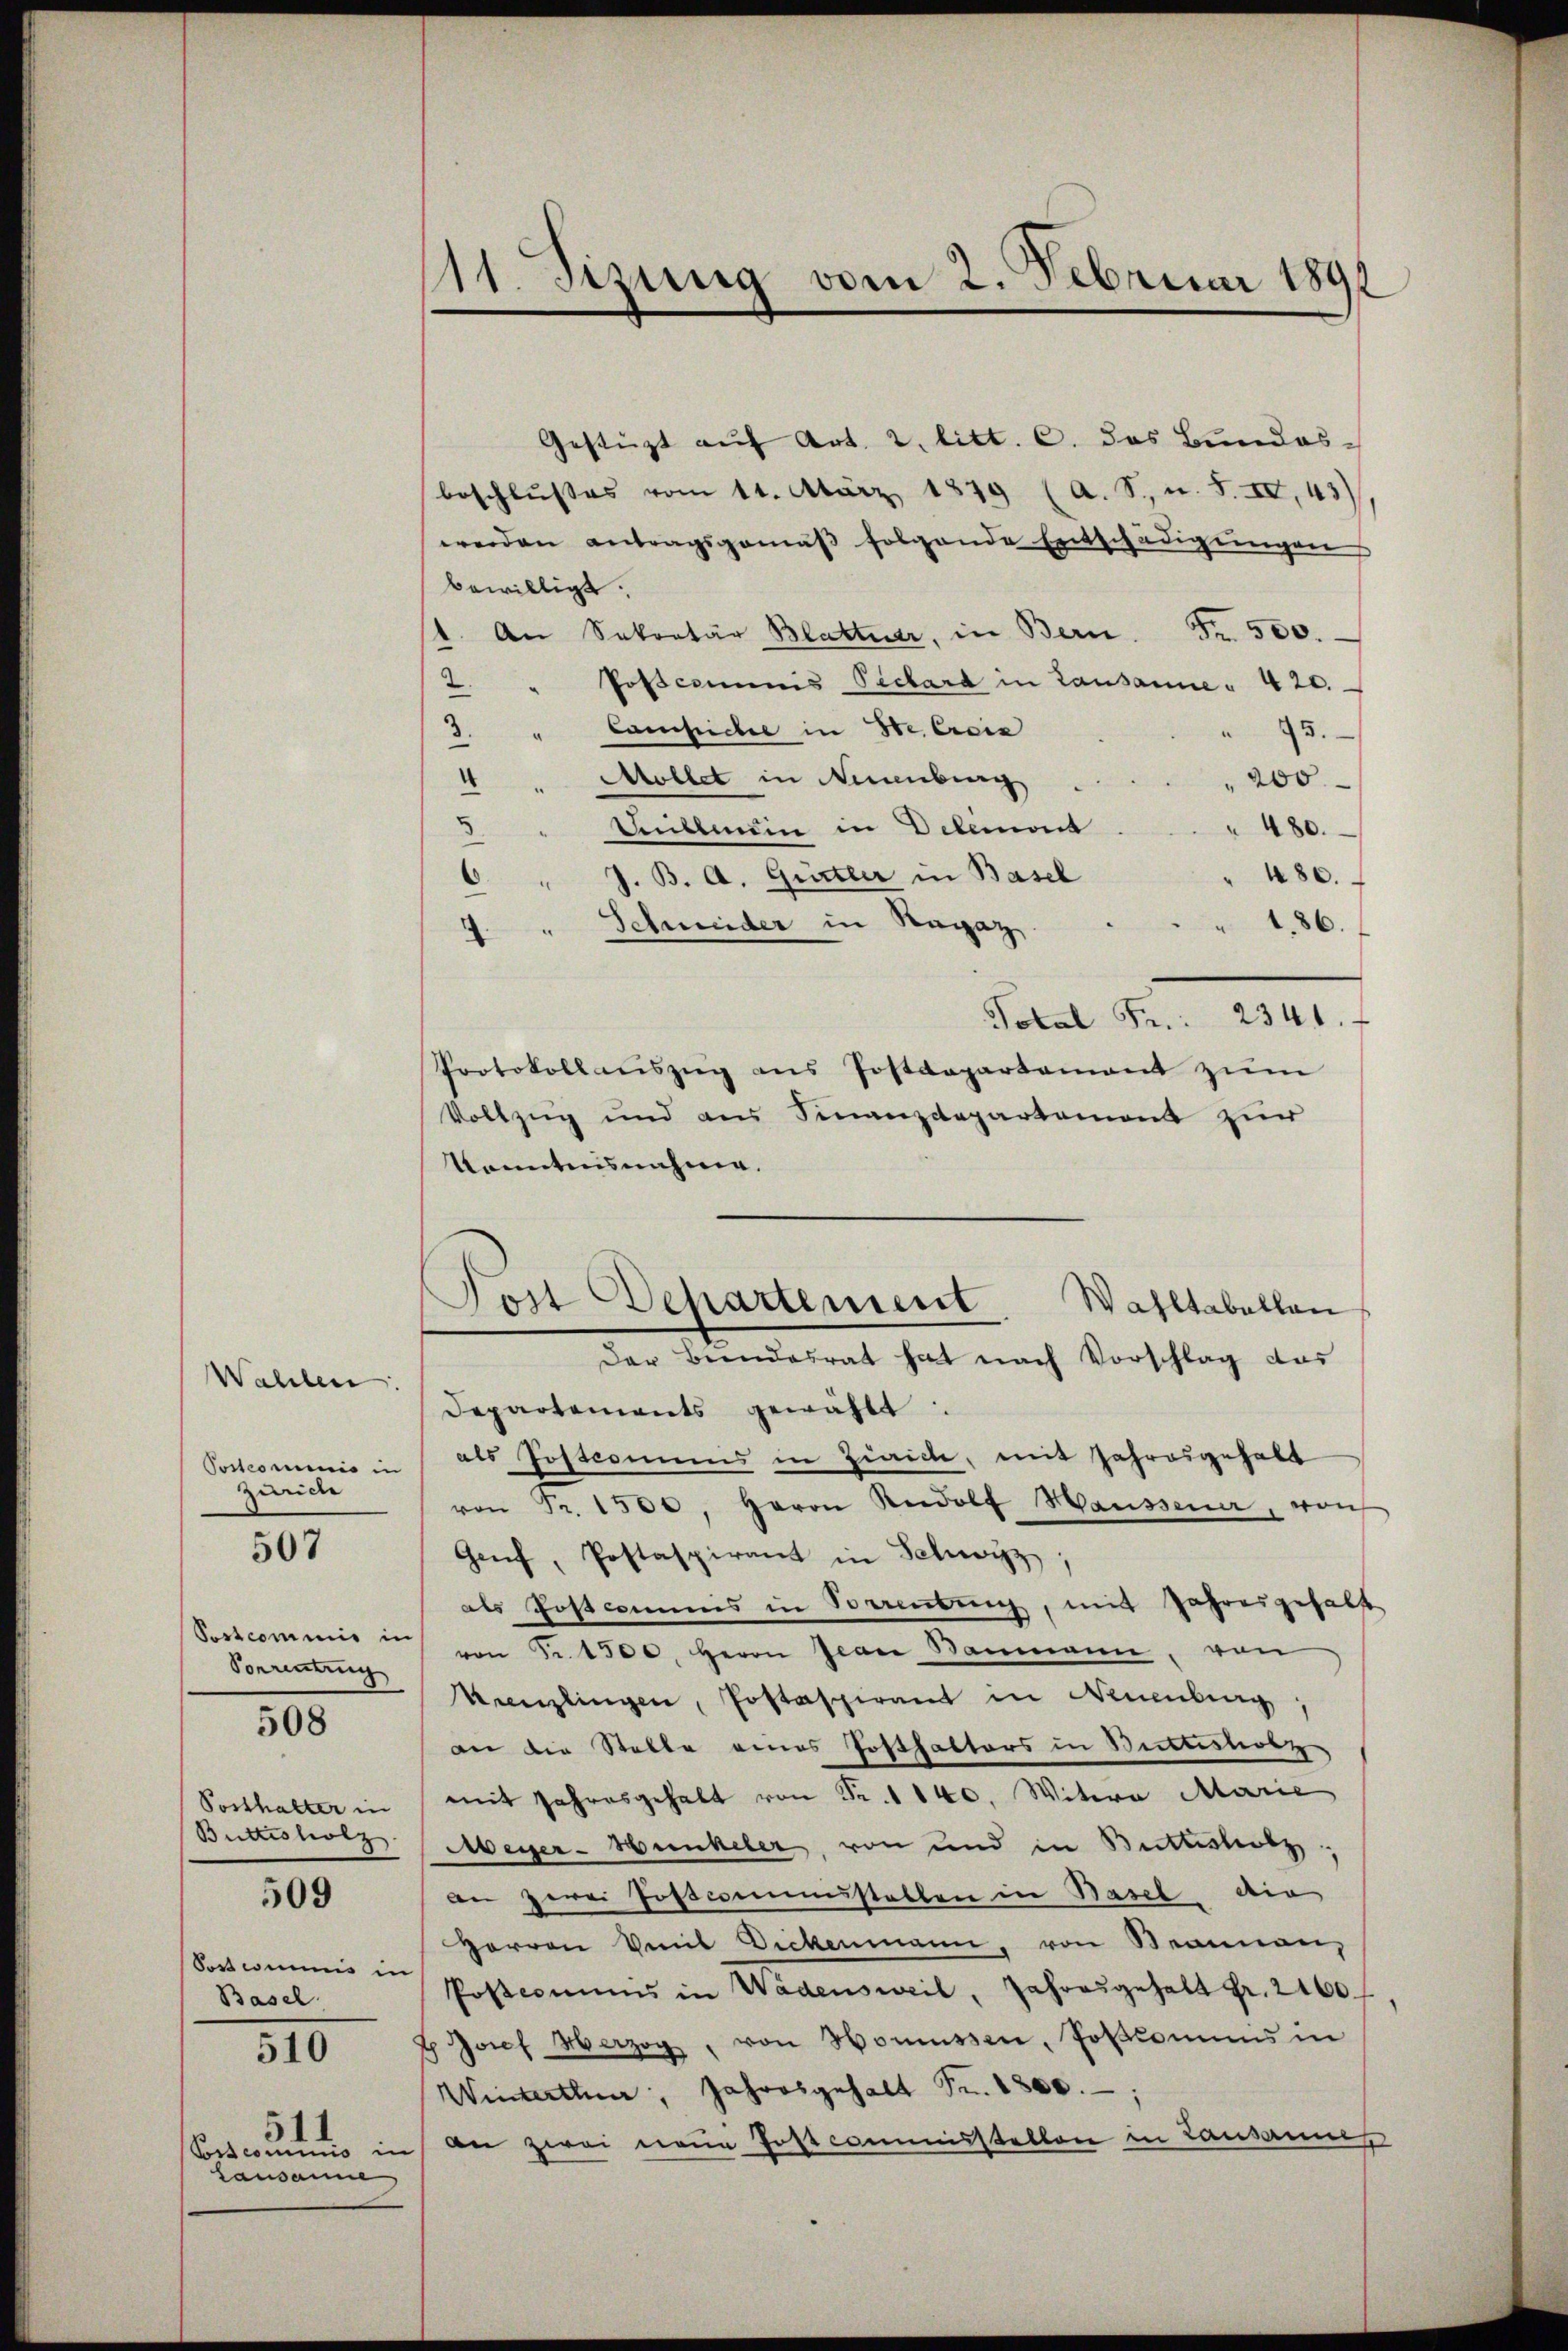
Wahlen:
Postcommis in
Zürich
Postcommis in
Vorrinung
Posthalter in
Buttisholz
509
Sos wenn in
Basel
510
5
Conscominio in
Lausanne

507

508

111. Sizung vom 2. Februar 1891

Tott Departement

Gestüzt auf Art. 2. litt. c. das Bundes-
beschlusses vom 11. März 1879 (a. S., u. S. IV, 43)
werden antragsgemäß folgende Entschädigungen
bewilligt.
1. An Sekretär Blattner, in Bern. Fr. 500.
Posscommis Pichard in Lausanne - 420.
2.
3.
" Campicher in Se. Erciz
75.
Mollet in Neuenburg
200
Mettmein in Delement
480.
J. B. A. Gürtler in Basel
480.
6
Schneider in Ragaz
186.
¬
Total Fr. 2341.
Protokoll aŭszŭg ans Postdepartement zŭm
Vollzug und aus Finanzdepartement zur
konntensnahme.
Wahltabellan
Der Beendesrat hat nach Vorschlag das
Departements gewählt:
als Postcommis in Zürich, mit Jahresgehalt
von Fr. 1500, Herrn Rudolf Haussener, von
Genf, Postaspirant in Schwyz,
als Postcommis in Vereitung, mit Jahresgehalt
von Fr. 1500. Herrn Jean Baumann, von
Kanzlingen, Postaspirant in Neuenburg
an die Stelle eines Posthaktors in Bettestrotz
mit Jahresgehalt von Fr. 1140. Witwe Marie
Meyer-Hunkeler, von und in Bittesholz,
an zwei Postcommisstablen in Basel die
Herren Veit Dickenmann von Brannau,
Posteriums in Wädensweil, Jahresgehalt Fr. 2160
 Josef Herzog, von Homüssen, Polkommis in
Wintertha, Jahresgehalt Fr. 1800.
an zwei neue Postcommistalten in Lausannes